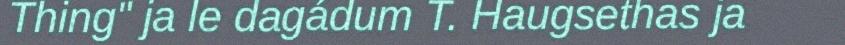
Thing" ja le dagádum T. Haugsethas ja